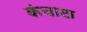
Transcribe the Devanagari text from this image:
कंचाटा